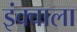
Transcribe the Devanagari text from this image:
इंक्वाला